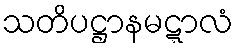
သတိပဋ္ဌာနမဋ္ဋာလံ